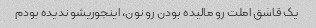
یک قاشق املت رو مالیده بودن رو نون، اینجوریشو ندیده بودم